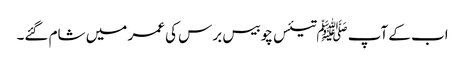
اب کے آپ ﷺتیئس چوبیس برس کی عمر میں شام گئے۔